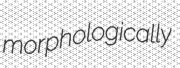
morphologically